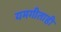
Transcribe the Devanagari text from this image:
यमगीताही